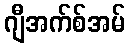
ဂျီအက်စ်အမ်